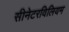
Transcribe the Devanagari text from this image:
सीनेटरविलियम